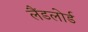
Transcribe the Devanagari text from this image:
लैंडलोर्ड